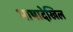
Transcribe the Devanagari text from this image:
भाषादेखिल